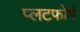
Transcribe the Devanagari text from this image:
प्लटफोर्म